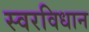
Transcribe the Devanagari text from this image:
स्वरविधान